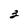
Character: 3